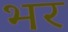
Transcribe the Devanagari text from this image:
भर